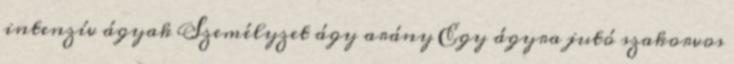
intenzív ágyak Személyzet ágy arány Egy ágyra jutó szakorvos